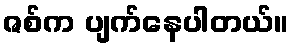
ဇစ်က ပျက်နေပါတယ်။